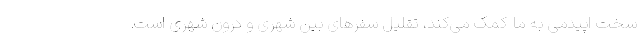
سخت اپیدمی به ما کمک می‌کند، تقلیل سفرهای بین شهری و درون شهری است.